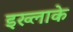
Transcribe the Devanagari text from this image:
इख्लाके